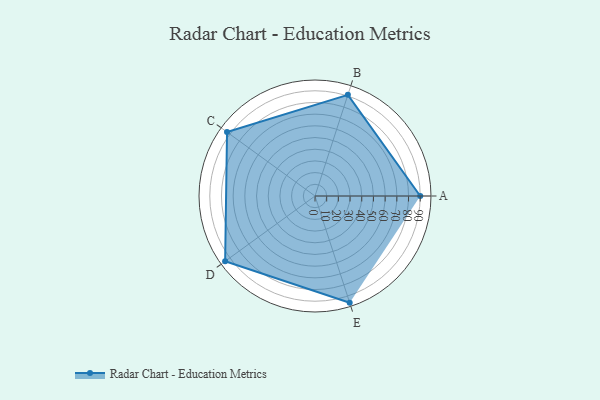
{"axis": {"x": "Skill", "y": "Score"}, "legend": ["Profile"], "data": [{"x": "A", "y": 90.0, "type": "Profile"}, {"x": "B", "y": 91.0, "type": "Profile"}, {"x": "C", "y": 93.0, "type": "Profile"}, {"x": "D", "y": 95.0, "type": "Profile"}, {"x": "E", "y": 96.0, "type": "Profile"}]}